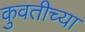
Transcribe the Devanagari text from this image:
कुवतीच्या